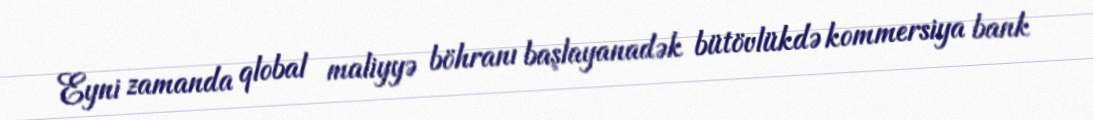
Eyni zamanda qlobal maliyyə böhranı başlayanadək bütövlükdə kommersiya bank